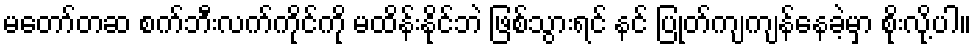
မတော်တဆ စက်ဘီးလက်ကိုင်ကို မထိန်းနိုင်ဘဲ ဖြစ်သွားရင် နင် ပြုတ်ကျကျန်နေခဲ့မှာ စိုးလို့ပါ။